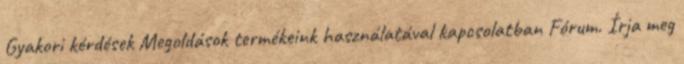
Gyakori kérdések Megoldások termékeink használatával kapcsolatban Fórum. Írja meg